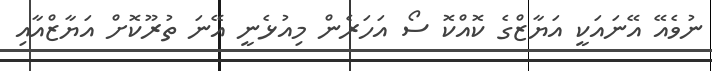
ނުވެއޭ އޭނައަކީ އަޔާޒްގެ ކޮއްކޮ ސޯ އަހަރެން މިއުޅެނީ އޭނަ ތުރޫކޮށް އަޔާޒްއާއި